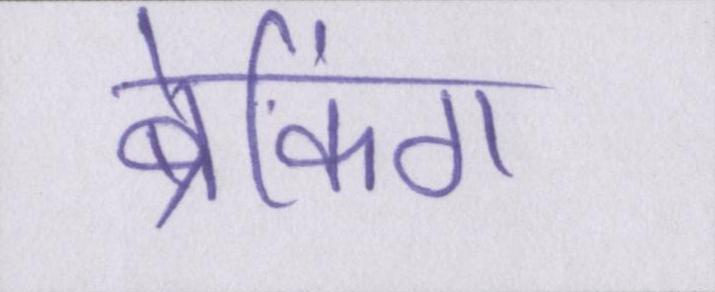
ब्रेकिंग